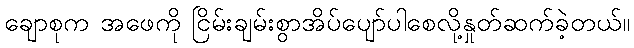
ချောစုက အဖေကို ငြိမ်းချမ်းစွာအိပ်ပျော်ပါစေလို့နှုတ်ဆက်ခဲ့တယ်။